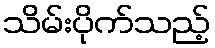
သိမ်းပိုက်သည့်